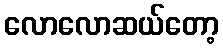
လောလောဆယ်တော့